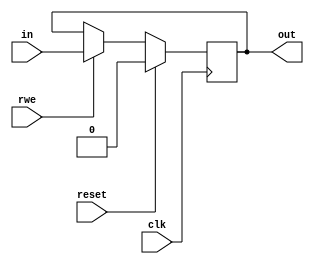
module reg_q_lessbit( clk, rwe, in, out, reset);
	input clk, rwe,reset;
	input	  in;
	output reg  out;
	reg  mem;
	always @ (posedge clk) begin 
		if (reset)
			out<=0;
		else if (rwe)
			out<=in;
	end
	
endmodule